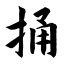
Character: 捅